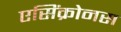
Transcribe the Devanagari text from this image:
एसिंक्रोनस